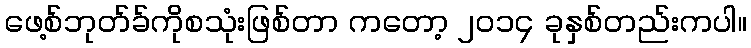
ဖေ့စ်ဘုတ်ခ်ကိုစသုံးဖြစ်တာ ကတော့ ၂ဝ၁၄ ခုနှစ်တည်းကပါ။